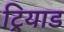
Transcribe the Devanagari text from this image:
ट्रियाड